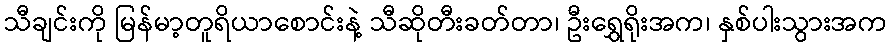
သီချင်းကို မြန်မာ့တူရိယာစောင်းနဲ့ သီဆိုတီးခတ်တာ၊ ဦးရွှေရိုးအက၊ နှစ်ပါးသွားအက